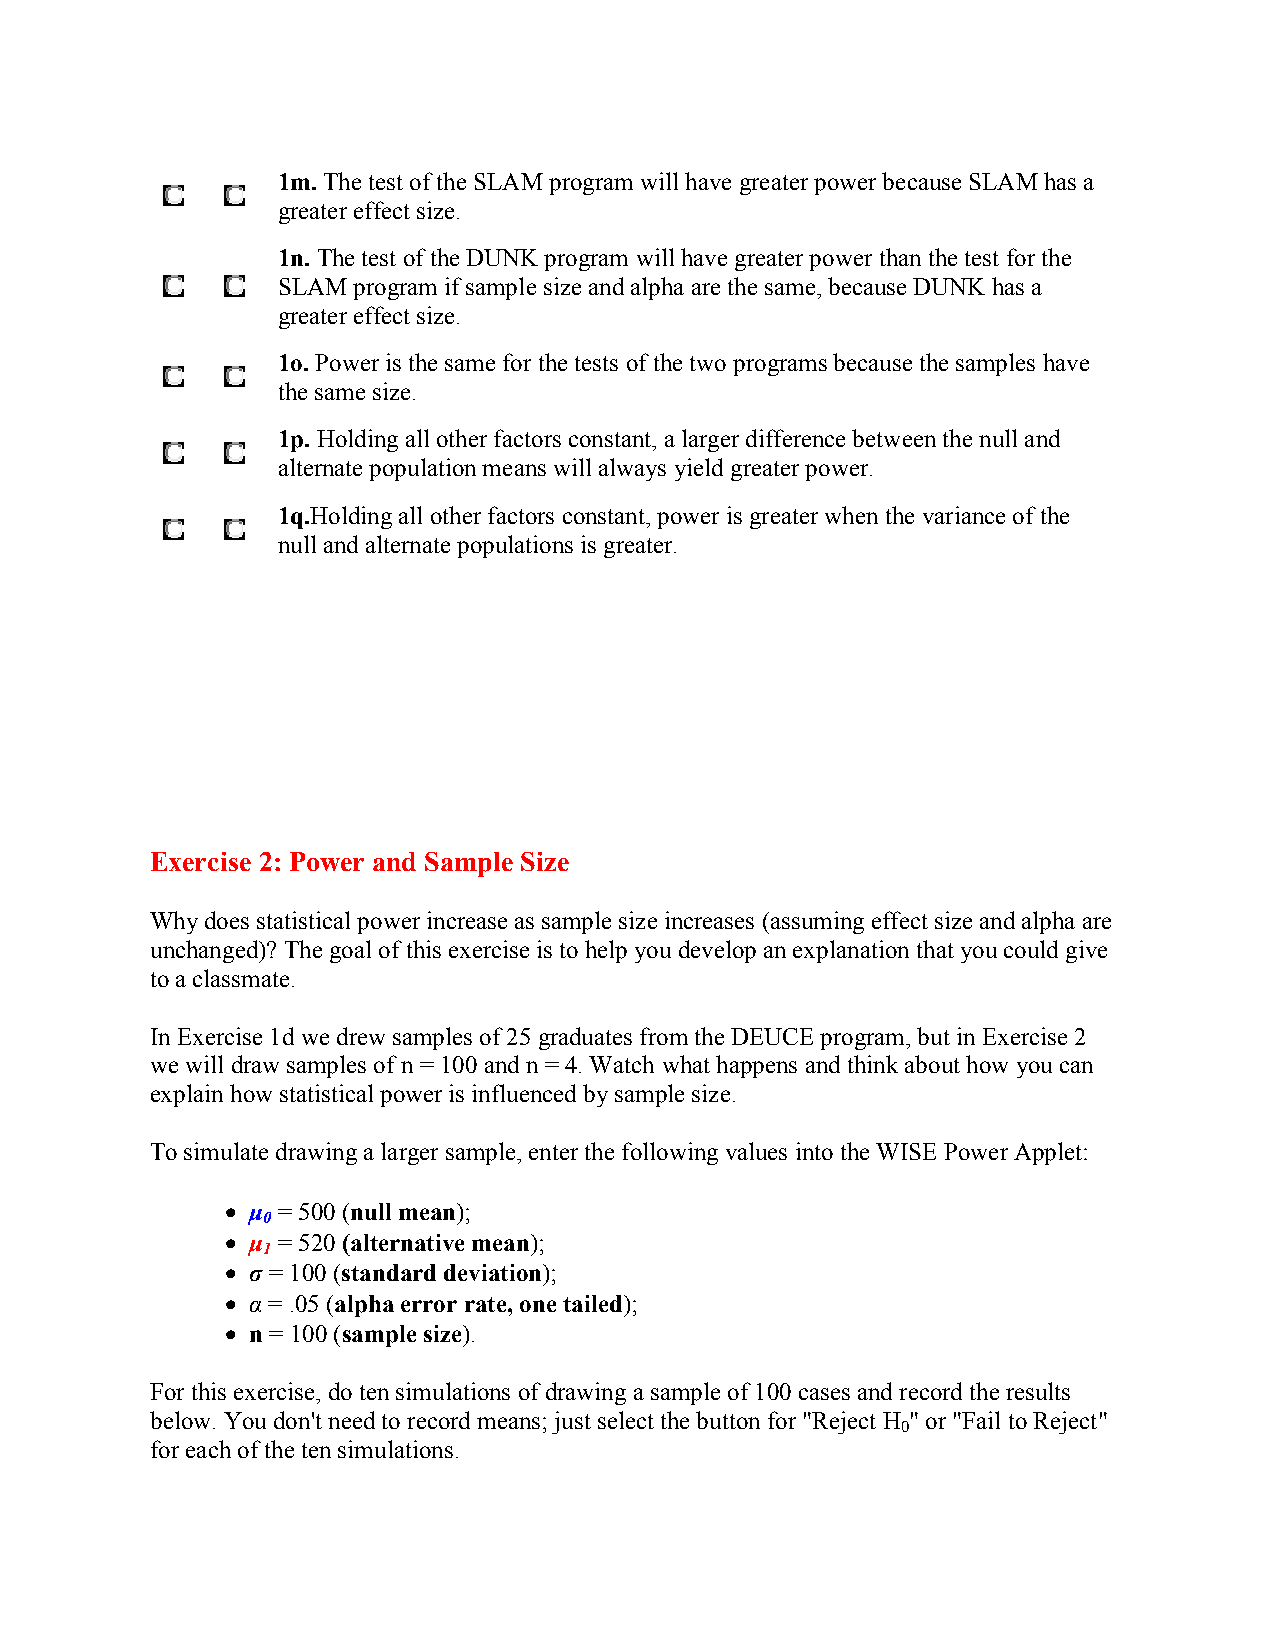
1m. The test of the SLAM program will have greater power because SLAM has a
 greater effect size.
 1n. The test of the DUNK program will have greater power than the test for the
 SLAM program if sample size and alpha are the same, because DUNK has a
 greater effect size.
 1o. Power is the same for the tests of the two programs because the samples have
 the same size.
 1p. Holding all other factors constant, a larger difference between the null and
 alternate population means will always yield greater power.
 1q.Holding all other factors constant, power is greater when the variance of the
 null and alternate populations is greater.
 Exercise 2: Power and Sample Size
 Why does statistical power increase as sample size increases (assuming effect size and alpha are
 unchanged)? The goal of this exercise is to help you develop an explanation that you could give
 to a classmate.
 In Exercise 1d we drew samples of 25 graduates from the DEUCE program, but in Exercise 2
 we will draw samples of n = 100 and n = 4. Watch what happens and think about how you can
 explain how statistical power is influenced by sample size.
 To simulate drawing a larger sample, enter the following values into the WISE Power Applet:
 • µ = 500 (null mean);
 0
 • µ = 520 (alternative mean);
 1
 • σ = 100 (standard deviation);
 • α = .05 (alpha error rate, one tailed);
 • n = 100 (sample size).
 For this exercise, do ten simulations of drawing a sample of 100 cases and record the results
 below. You don't need to record means; just select the button for "Reject H " or "Fail to Reject"
 0
 for each of the ten simulations.